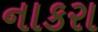
નાકરા